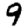
Digit: 9